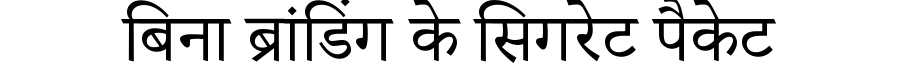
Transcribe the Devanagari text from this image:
बिना ब्रांडिंग के सिगरेट पैकेट